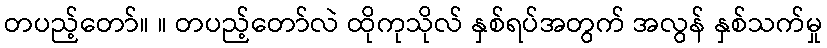
တပည့်တော်။ ။ တပည့်တော်လဲ ထိုကုသိုလ် နှစ်ရပ်အတွက် အလွန် နှစ်သက်မှု